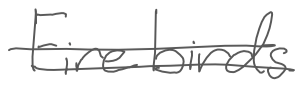
Text: Firebirds
Cross-out: double-line
Writing tool: digital_gray